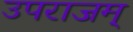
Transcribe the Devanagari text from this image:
उपराजम्